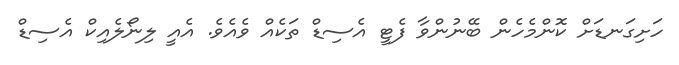
ހަށިގަނޑަށް ކޮންމެހެން ބޭނުންވާ ފެޓީ އެސިޑް ތަކެއް ވެއެވެ. އެއީ ލިނޯލެއިކް އެސިޑް